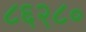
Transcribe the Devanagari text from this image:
८६२८०